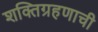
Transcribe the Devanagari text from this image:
शक्तिग्रहणाची